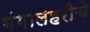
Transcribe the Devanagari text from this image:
गंगालहरीचे